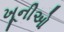
ખૂનીઓ